Report on vaccination proceedings throughout the Government of Bengal -
Year: 1868
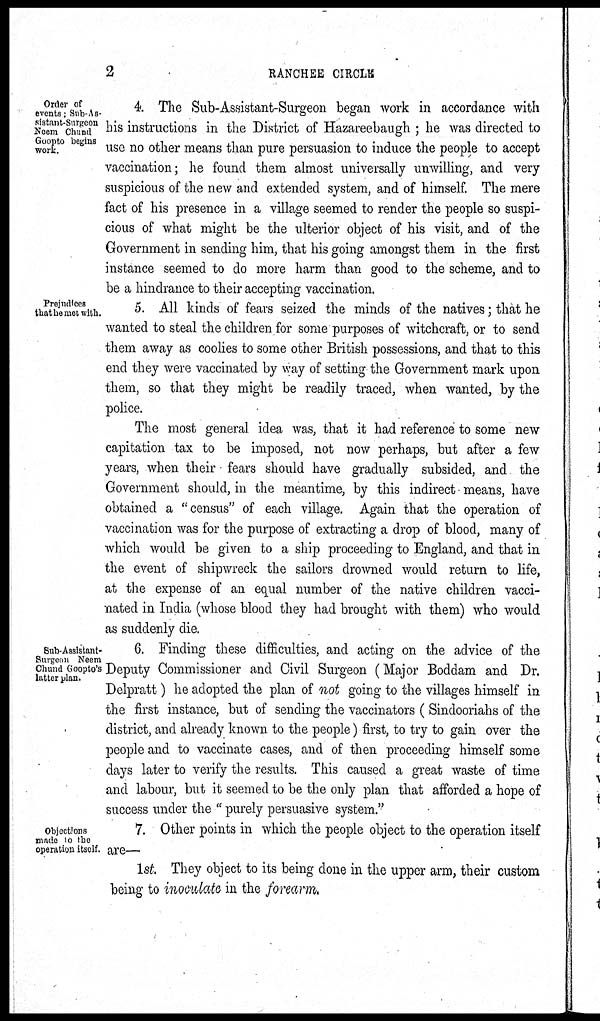
2
RANCHEE CIRCLE
Order of
events; Sub-As-
sistant-Surgeon
Neem Chund
Goopto begins
work.
4. The Sub-Assistant-Surgeon began work in accordance with
his instructions in the District of Hazareebaugh ; he was directed to
use no other means than pure persuasion to induce the people to accept
vaccination; he found them almost universally unwilling, and very
suspicious of the new and extended system, and of himself. The mere
fact of his presence in a village seemed to render the people so suspi-
cious of what might be the ulterior object of his visit, and of the
Government in sending him, that his going amongst them in the first
instance seemed to do more harm than good to the scheme, and to
be a hindrance to their accepting vaccination.
Prejudices
that he met with.
5. All kinds of fears seized the minds of the natives; that he
wanted to steal the children for some purposes of witchcraft, or to send
them away as coolies to some other British possessions, and that to this
end they were vaccinated by way of setting the Government mark upon
them, so that they might be readily traced, when wanted, by the
police.
The most general idea was, that it had reference to some new
capitation tax to be imposed, not now perhaps, but after a few
years, when their fears should have gradually subsided, and the
Government should, in the meantime, by this indirect means, have
obtained a "census" of each village. Again that the operation of
vaccination was for the purpose of extracting a drop of blood, many of
which would be given to a ship proceeding to England, and that in
the event of shipwreck the sailors drowned would return to life,
at the expense of an equal number of the native children vacci-
nated in India (whose blood they had brought with them) who would
as suddenly die.
Sub-Assistant-
Surgeon Neem
Chund Goopto's
latter plan.
6. Finding these difficulties, and acting on the advice of the
Deputy Commissioner and Civil Surgeon (Major Boddam and Dr.
Delpratt) he adopted the plan of not going to the villages himself in
the first instance, but of sending the vaccinators ( Sindooriahs of the
district, and already known to the people) first, to try to gain over the
people and to vaccinate cases, and of then proceeding himself some
days later to verify the results. This caused a great waste of time
and labour, but it seemed to be the only plan that afforded a hope of
success under the " purely persuasive system."
Objections
made to the
operation itself.
7. Other points in which the people object to the operation itself
are—
1st. They object to its being done in the upper arm, their custom
being to inoculate in the forearm.